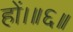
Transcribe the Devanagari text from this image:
हों।॥६॥